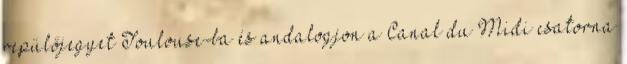
repülőjegyet Toulouse-ba és andalogjon a Canal du Midi csatorna